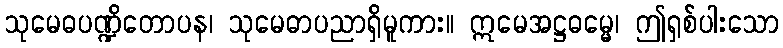
သုမေဓပဏ္ဍိတောပန၊ သုမေဓာပညာရှိမူကား။ ဣမေအဋ္ဌဓမ္မေ၊ ဤရှစ်ပါးသော